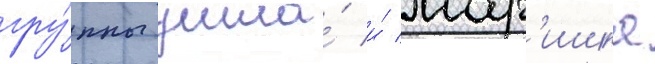
гру́ппы ушла́ и́ мар'ишка